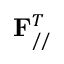
\mathbf { F } _ { / / } ^ { T }